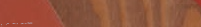
تأجير يخات فاخرة لليالي ا